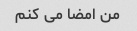
من امضا می کنم